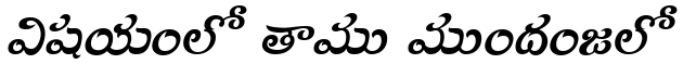
విషయంలో తాము ముందంజలో